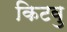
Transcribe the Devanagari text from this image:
किटवु